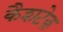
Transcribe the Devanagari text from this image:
कैशटेक